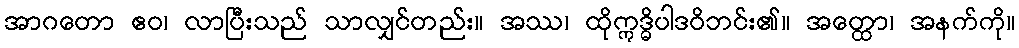
အာဂတော ဧဝ၊ လာပြီးသည် သာလျှင်တည်း။ အဿ၊ ထိုဣဒ္ဓိပါဒဝိဘင်း၏။ အတ္ထော၊ အနက်ကို။